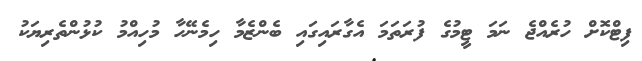
ފިޓްކޮށް ހުރެއްޖެ ނަމަ ޓީމުގެ ފުރަތަމަ އެގާރައިގައި ބެންޒެމާ ހިމެނޭހާ މުހިއްމު ކުޅުންތެރިޔަކު